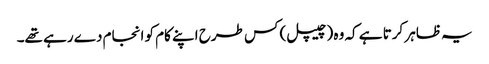
یہ ظاہر کرتا ہے کہ وہ (چیپل) کس طرح اپنے کام کو انجام دے رہے تھے۔